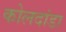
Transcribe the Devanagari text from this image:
कोलदांडा